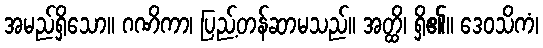
အမည်ရှိသော။ ဂဏိကာ၊ ပြည့်တန်ဆာမသည်။ အတ္ထိ၊ ရှိ၏။ ဒေဝသိကံ၊